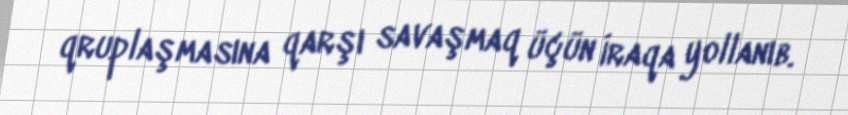
qruplaşmasına qarşı savaşmaq üçün İraqa yollanıb.